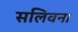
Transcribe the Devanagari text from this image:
सलिवन।